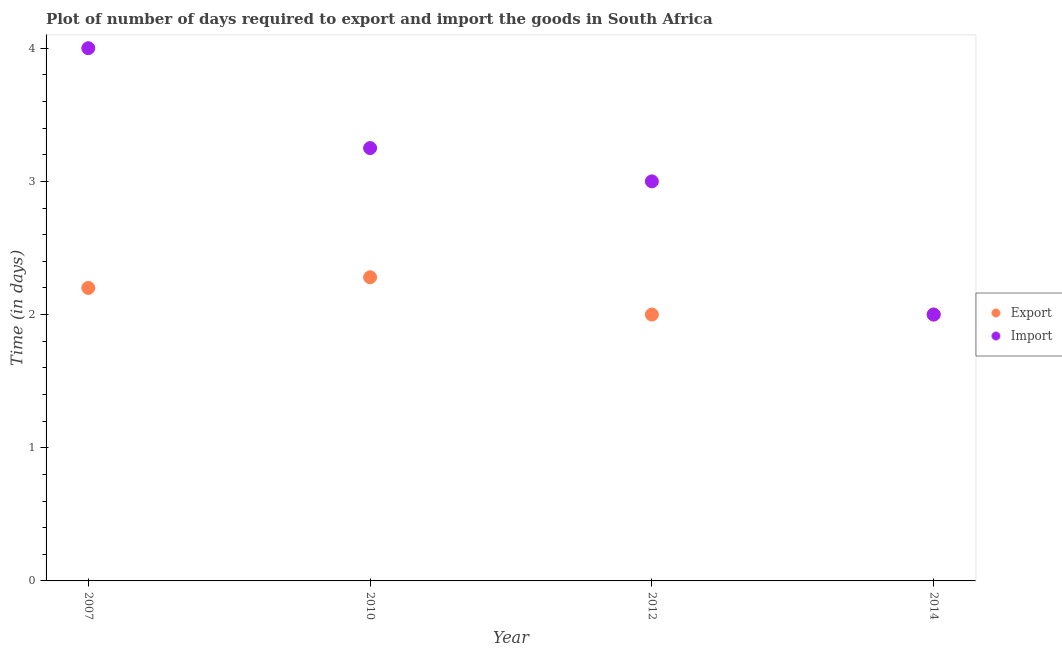
| Year | Export | Import |
 | --- | --- | --- |
 | 2007 | 2.2 | 4 |
 | 2010 | 2.28 | 3.25 |
 | 2012 | 2 | 3 |
 | 2014 | 2 | 2 |